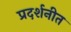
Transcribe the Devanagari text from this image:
प्रदर्शनीत